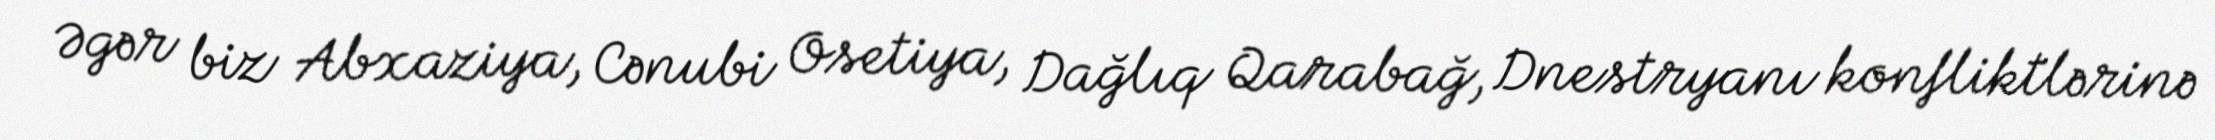
Əgər biz Abxaziya, Cənubi Osetiya, Dağlıq Qarabağ, Dnestryanı konfliktlərinə